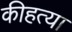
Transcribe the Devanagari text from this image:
कीहत्या